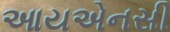
આયએનસી